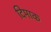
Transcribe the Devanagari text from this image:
दिमाक